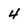
Character: 4